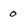
Character: 0